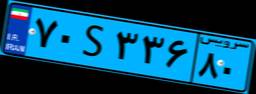
۷۰S۳۳۶۸۰